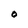
Character: 0